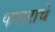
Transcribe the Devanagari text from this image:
फत्तराचें